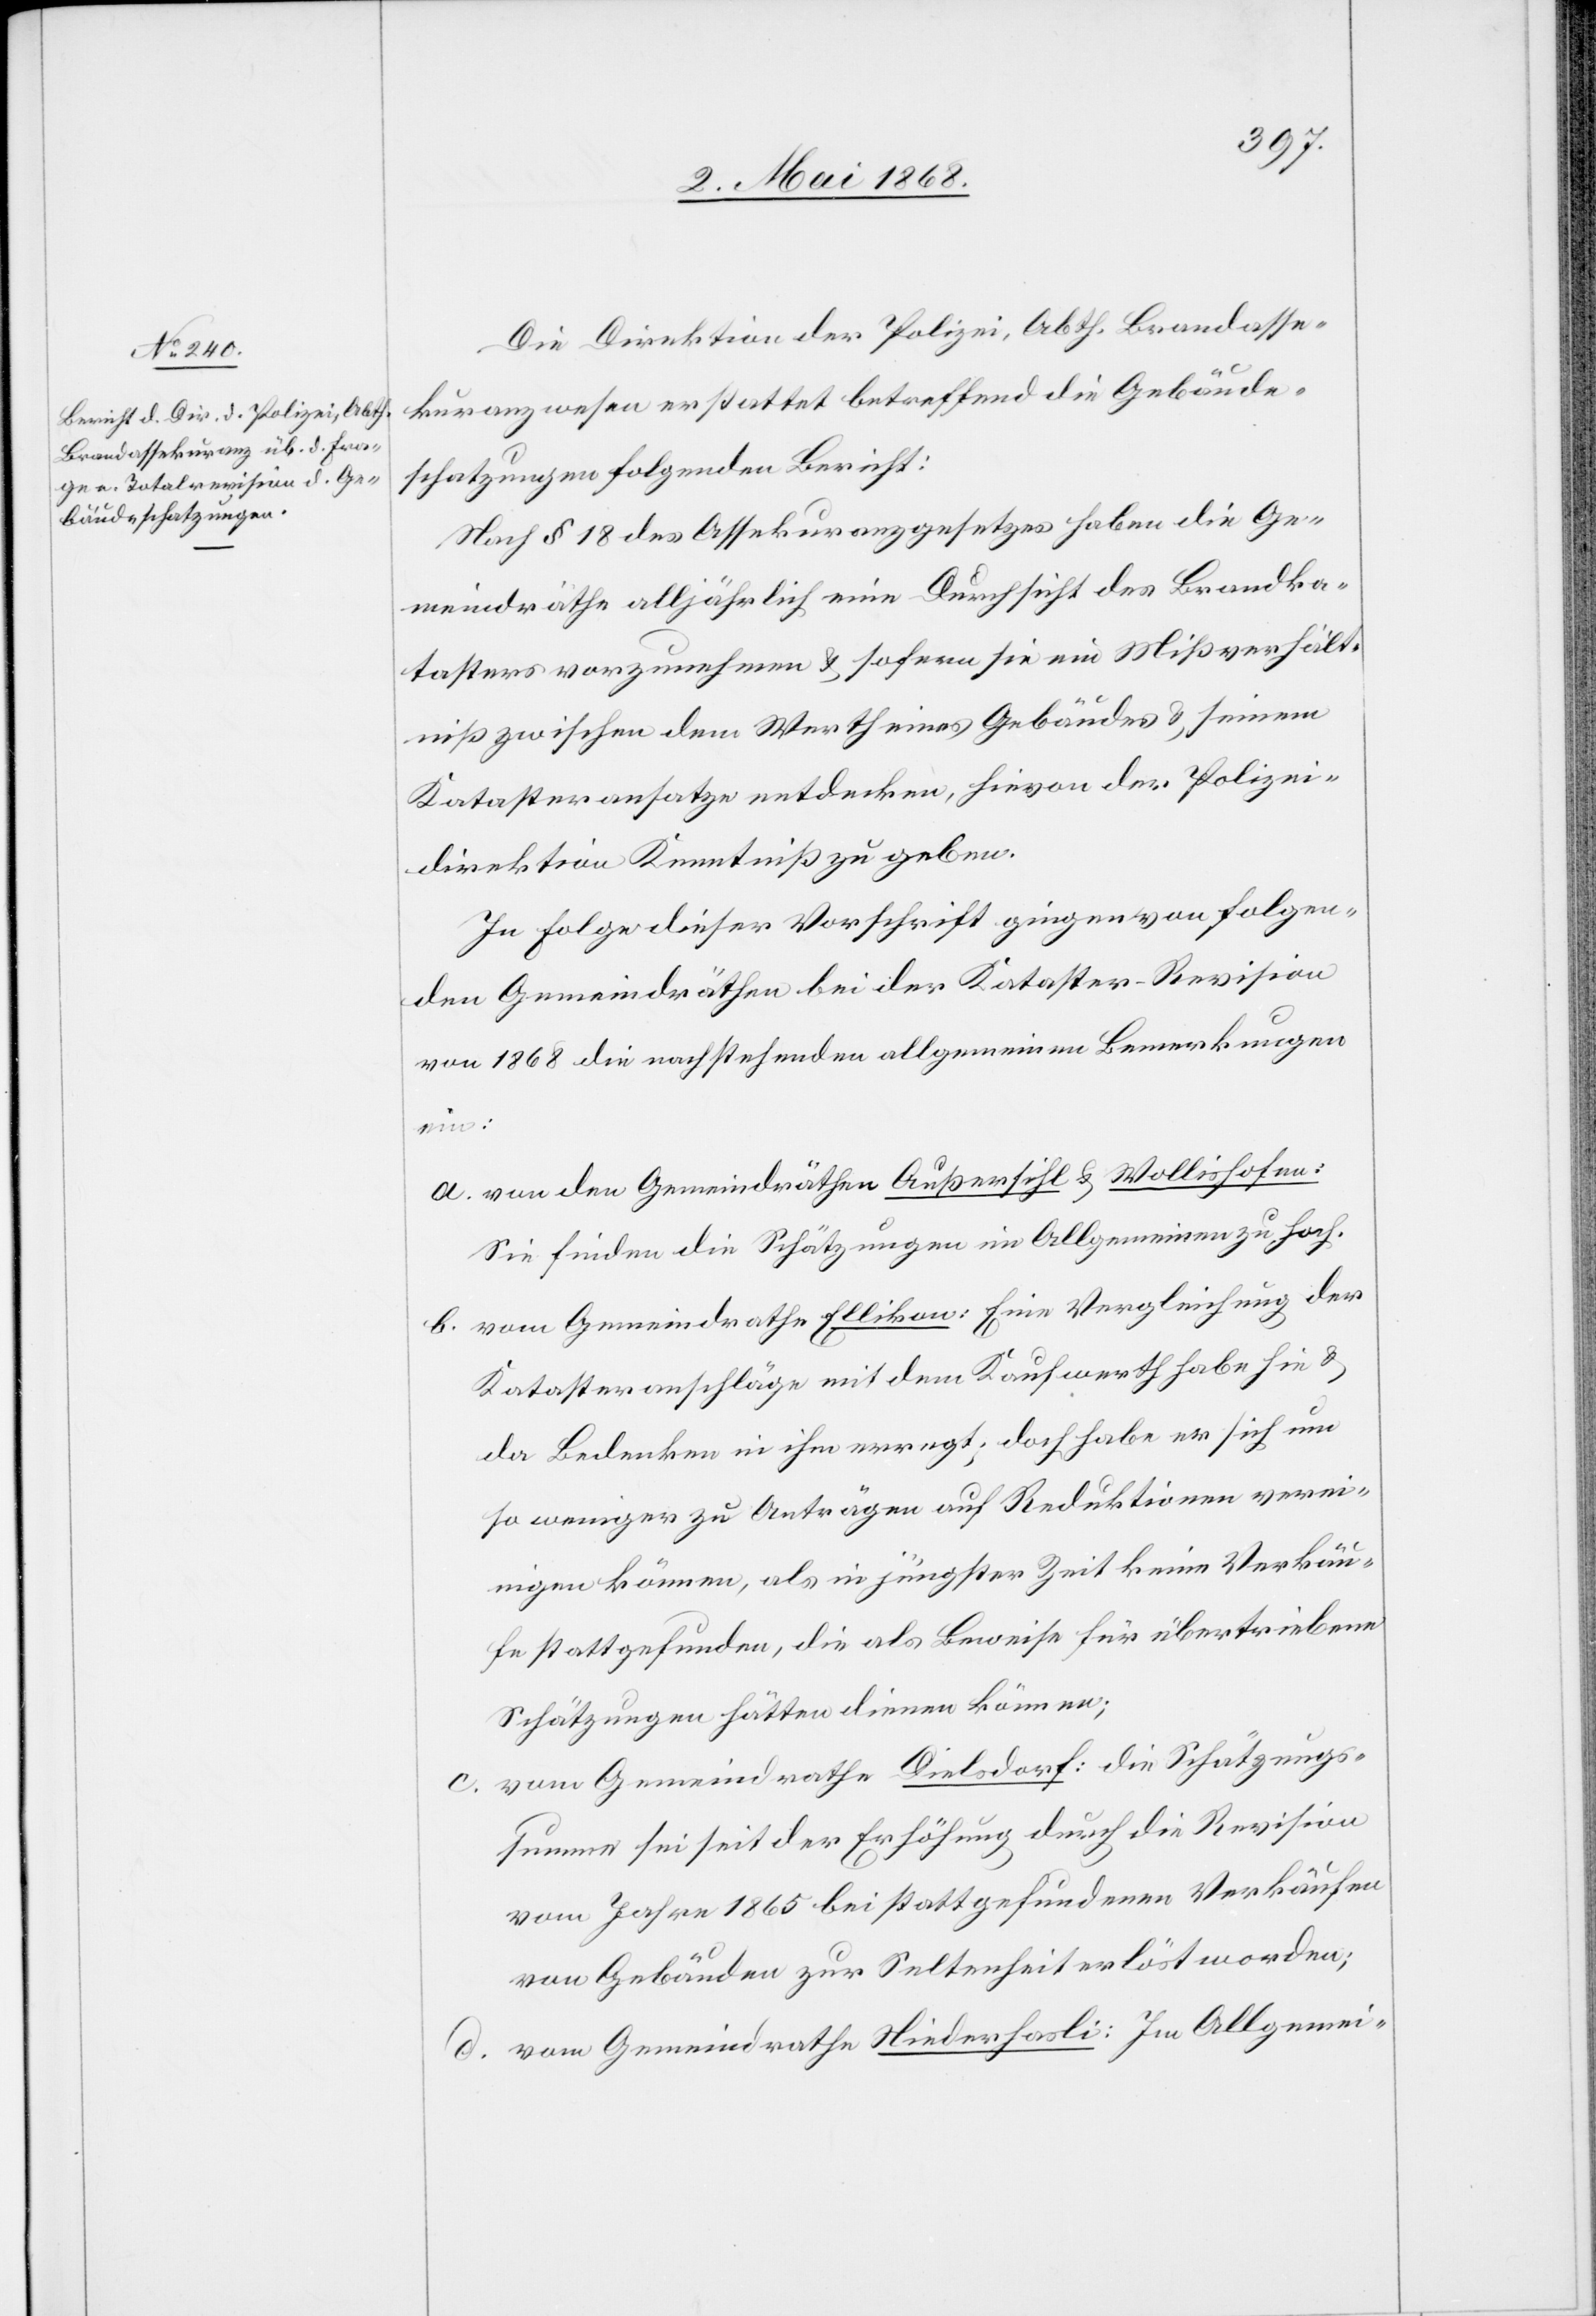
Die Direktion der Polizei, Abth. Brandasse¬
kuranzwesen erstattet betreffend die Gebäude¬
schatzungen folgenden Bericht:
Nach § 18 des Assekuranzgesetzes haben die Ge¬
meindräthe alljährlich eine Durchsicht des Brandka¬
tasters vorzunehmen & sofern sie ein Mißverhält¬
niß zwischen dem Werth eines Gebäudes & seinem
Katasteransatze entdecken, hievon der Polizei¬
direktion Kenntniß zu geben.
In Folge dieser Vorschrift gingen von folgen¬
den Gemeindräthen bei der Kataster-Revision
von 1868 die nachstehenden allgemeinen Bemerkungen
a.
von den Gemeindräthen Außersihl & Wollishofen:
Sie finden die Schätzungen im Allgemeinen zu hoch.
vom Gemeindrathe Ellikon: Eine Vergleichung der
Katasteranschläge mit dem Kaufwerth habe hie &
da Bedenken in ihm erregt; doch habe er sich um
so weniger zu Anträgen auf Reduktionen verei¬
nigen können, als in jüngster Zeit keine Verkäu¬
fe stattgefunden, die als Beweise für übertriebene
Schätzungen hätten dienen können;
vom Gemeindrathe Dielsdorf: die Schätzungs¬
summe sei seit der Erhöhung durch die Revision
vom Jahre 1865 bei stattgefundenen Verkäufen
von Gebäuden zur Seltenheit erlöst worden;
vom Gemeindrathe Niederhasli: Im Allgemei-